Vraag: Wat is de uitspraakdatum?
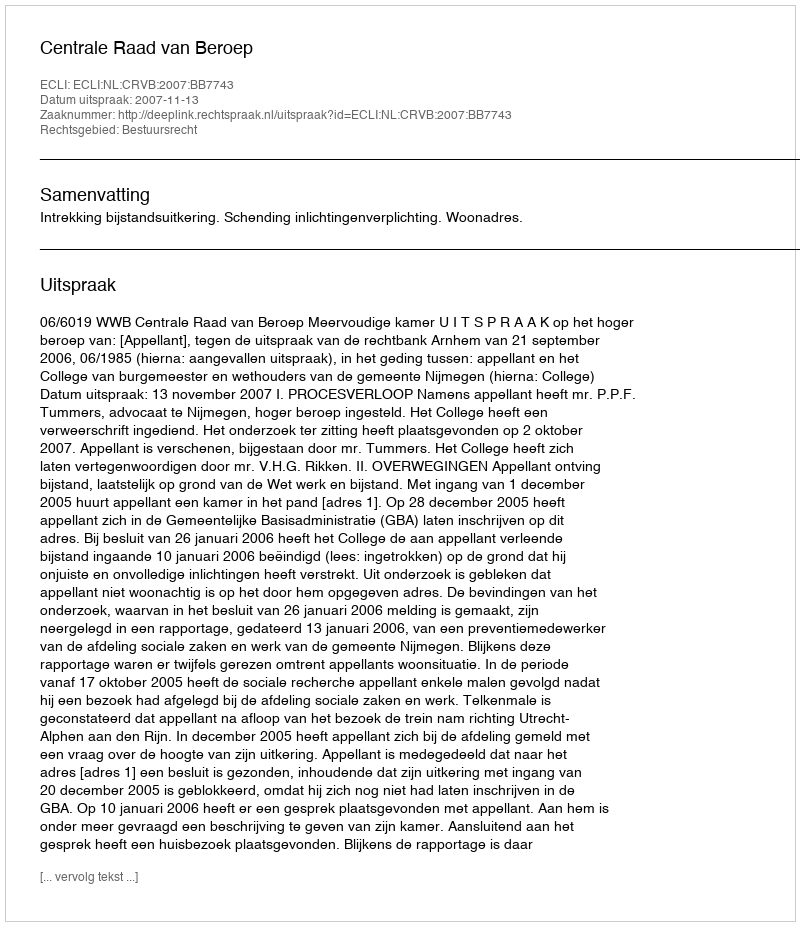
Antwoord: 2007-11-13